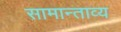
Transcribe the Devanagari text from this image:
सामान्ताव्य